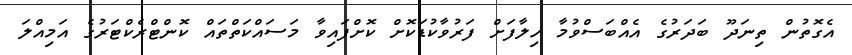
އެގޮތުން ތިނަދޫ ބަދަރުގެ އެއްބަސްވުމާ ހިލާފަށް ފަރުވާކުޑަކޮށް ކޮށްފައިވާ މަސައްކަތްތައް ކޮންޓްރެކްޓަރުގެ އަމިއްލަ